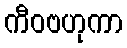
ကီဝဗဟုကာ